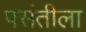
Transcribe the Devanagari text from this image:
पसंतीला